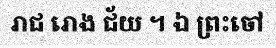
រាជ រោង ជ័យ ។ ឯ ព្រះចៅ